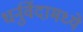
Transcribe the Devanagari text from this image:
धर्नुर्वेदामध्ये